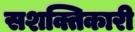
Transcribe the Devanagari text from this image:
सशक्तिकारी